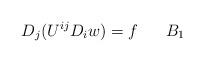
LaTeX: \begin{align*}D_j(U^{ij}D_i w)=f\quad\,\,\,\,B_1\end{align*}